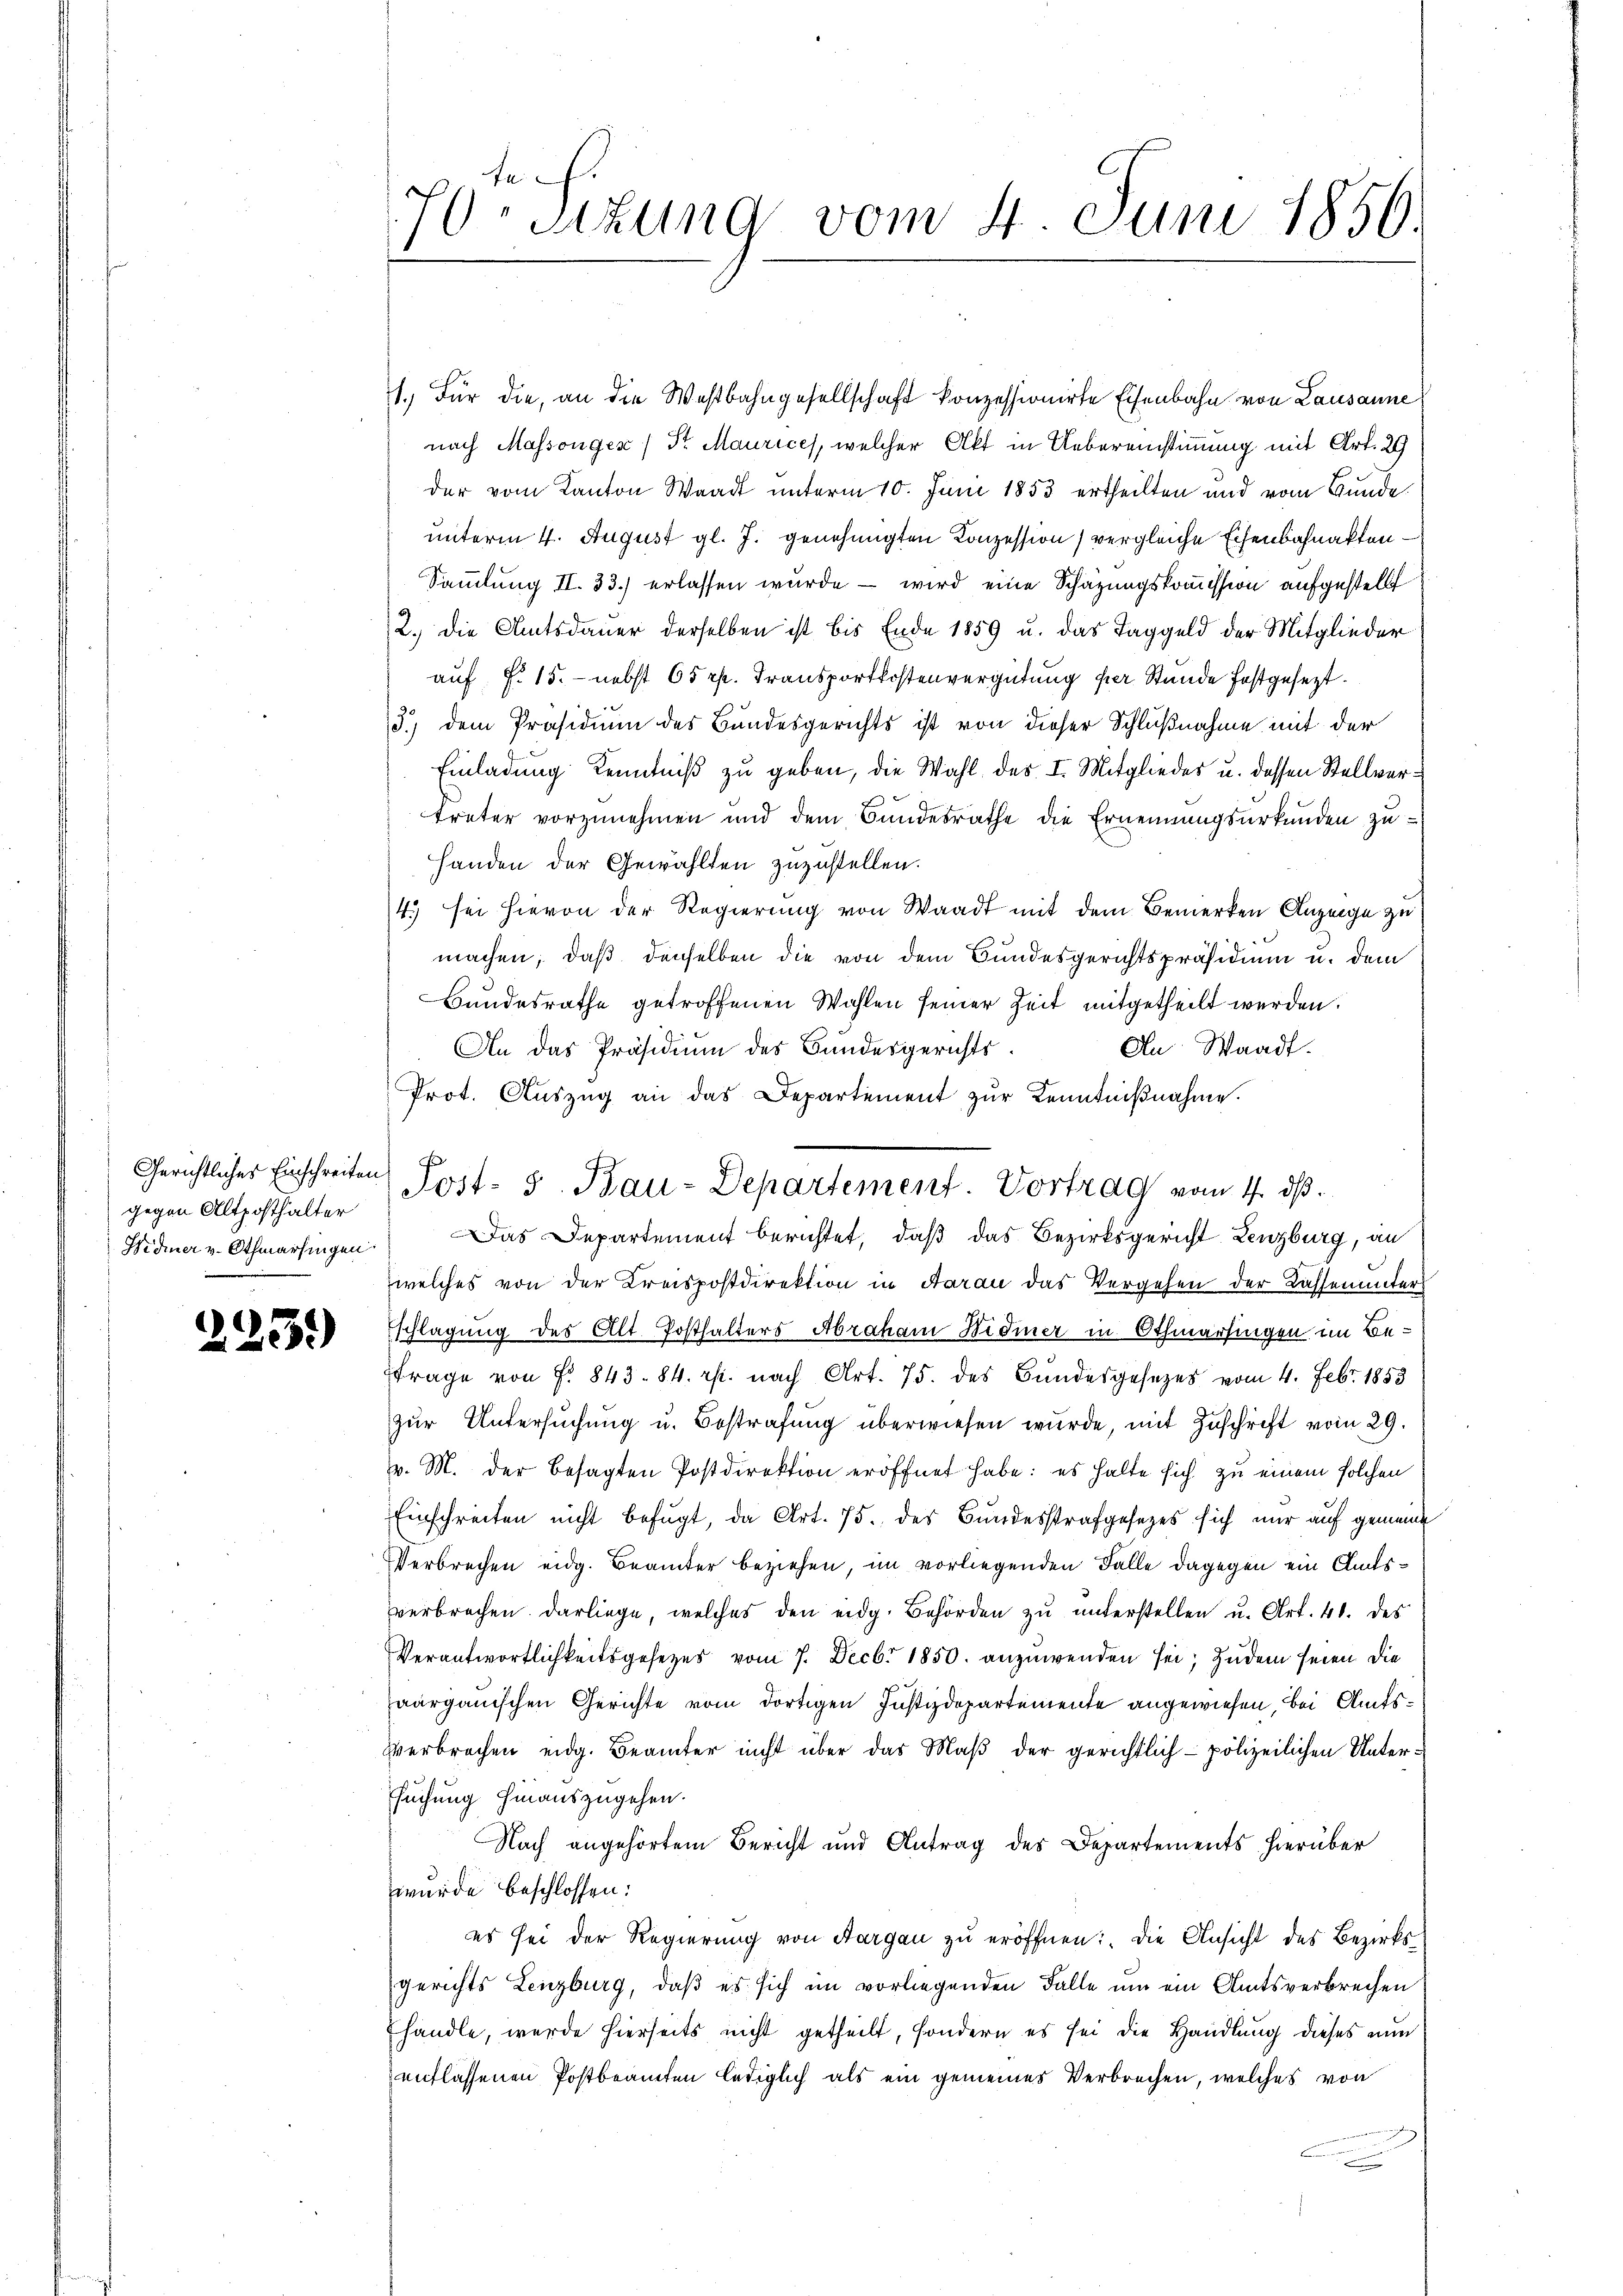
Gerichtliches Einschreiten
gegen Altposthalter
Hidmer v. Othmarsingen

)

.

3.)

t
drettung vom 4. Juni 1856.

1.) Für die, an die Westbahngesellschaft konzessionirte Eisenbahn von Lausanne
nach Massonges / Sr Maurices, welcher Akt in Uebereinstimmung mit Art. 29
der vom Kanton Waadt unterm 10. Juni 1853 ertheilten und vom Bunde.
unterm 4. August gl. J. genehmigten Konzession) vergleiche Eisenbahnakten¬
Sammlung II. 33.) erlassen wurde - wird eine Schätzungskommission aufgestellt
2. Die Amtsdauer derselben ist bis Ende 1859 u. das Taggeld der Mitglieder
auf §. 15. nebst 65 rp. Transportkostenvergütung per Stunde festgesezt
3.) Dem Präsidium des Bundesgerichts ist von dieser Schlußnahme mit der
Einladung Kenntniß zu geben, die Wahl des I. Mitglieder u. dessen Stellvertreter vorzunehmen und dem Bundesrathe die Ernennungsurkunden zu¬
Handen der Gewählten zuzustellen.
4. sei hievon der Regierung von Waadt mit dem Bemerken Anzeige zu
machen; daß denselben die von dem Bundesgerichtspräsidium u. dem
Bundesrathe getroffenen Wahlen seiner Zeit mitgetheilt werden.
An Waadt.
An das Präsidium des Bundesgerichts
Prot. Auszug an das Departement zur Kenntnißnahme.
Das Departement berichtet, daß das Bezirksgericht Lenzburg, an
welches von der Kreispostdirektion in Aarau das Vergehen der Lassenunter
Eschlagung des Alt. Posthalters Abraham Widmer in Othmarsingen im Be¬
Ffrage von f. 843. 84. r. nach Art. 75. des Bundesgesezes vom 4. Febr. 1853
zur Untersuchung u. Bestrafung überwiesen wurde, mit Zuschrift vom 29.
v. M. der besagten Postdirektion eröffnet habe: es halte sich zu einem solchen
Einschreiten nicht befugt, da Art. 75. des Bundesstrafgesezes sich nur auf gemeine
Verbrechen eidg. Beamter beziehen, im vorliegenden Falle dagegen ein Amtsverbrechen darliege, welches den eidg. Behörden zu unterstellen u. Art. 41. des
Verantwortlichkeitsgesezes vom 7. Decbr 1850. anzuwenden sei; zudem seien die
aargauischen Gerichte vom dortigen Justizdepartemente angewiesen, bei Amts¬
Verbrechen eidg. Beamter nicht über das Maß der gerichtlich polizeilichen Unter¬
Esuchung hinauszugehen.
Nach angehörtem Bericht und Antrag des Departements hierüber
wurde beschlossen:
es sei der Regierung von Aargau zu eröffnen: Die Ansicht des Bezirksgerichts Lenzburg, daß es sich im vorliegenden Falle um ein Amtsverbrechen
Ehandle, werde hierseits nicht getheilt, sondern es sei die Handlung dieses nun
entlassenen Postbeamten lediglich als ein gemeines Verbrechen, welches von

Post- 5. Bau-Departement. Vortrag vom 4. ds.